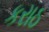
કરાઠ